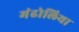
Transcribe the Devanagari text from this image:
मंढोलिया